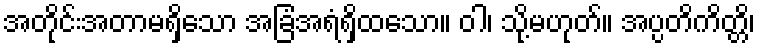
အတိုင်းအတာမရှိသော အခြံအရံရှိထသော။ ဝါ၊ သို့မဟုတ်။ အပ္ပတိကိတ္တိ၊